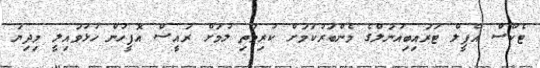
ޓެކްސް އެޕީލް ޓަރައިބިއުނަލްގެ މެންބަރުކަމަށް ކުރިމަތި ލުމަށް ރައީސް އޮފީހުން ހުޅުވައިލީ މިދިޔަ